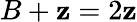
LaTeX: B+\mathbf{z}=2\mathbf{z}